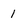
Character: 1